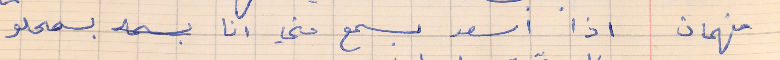
فهمان     اذا اسعد بسمع مني انا بسمحلو